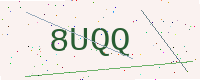
Text: 8UQQ